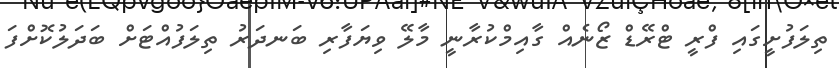
ތިލަފުށީގައި ފްރީ ޓްރޭޑް ޒޯނެއް ގާއިމްކުރާނީ މާލޭ ވިޔަފާރި ބަނދަރު ތިލަފުއްޓަށް ބަދަލުކޮށްފަ